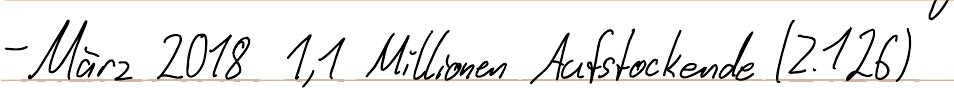
- März 2018 1,1 Millionen Aufstockende (Z.126)